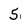
Character: 5